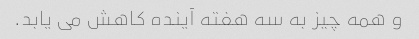
و همه چیز به سه هفته آینده کاهش می یابد.